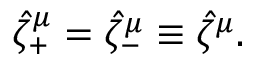
\hat { \zeta } _ { + } ^ { \mu } = \hat { \zeta } _ { - } ^ { \mu } \equiv \hat { \zeta } ^ { \mu } .